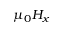
\mu _ { 0 } H _ { x }